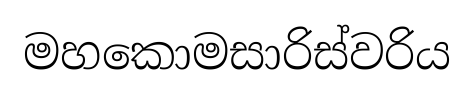
මහකොමසාරිස්වරිය